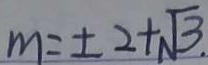
m = \pm 2 + \sqrt { 3 } .